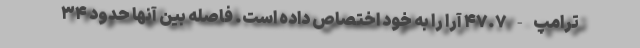
ترامپ - ۴۷.۷ آرا را به خود اختصاص داده است. فاصله بین آنها حدود ۳۴